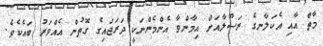
މާތް އާއި އެކަލާނގެ ރަސޫލާއަށް އިމާންވާ އެންމެންނަކީ ދަރަޖައިގެ ގޮތުން އެއްވަރު ބައެކެވެ.